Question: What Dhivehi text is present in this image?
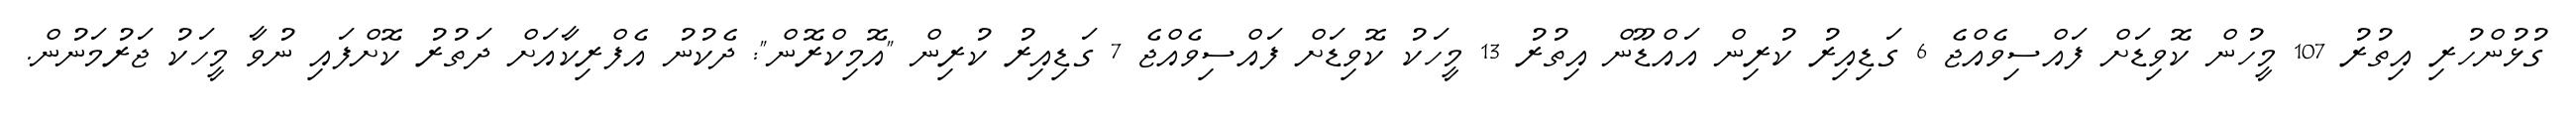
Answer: ގުޅުންހުރި އިތުރު 107 މީހުން ކޮވިޑަށް ފައްސިވެއްޖެ 6 ގަޑިއިރު ކުރިން އައްޑޫން އިތުރު 13 މީހަކު ކޮވިޑަށް ފައްސިވެއްޖެ 7 ގަޑިއިރު ކުރިން "އޮމިކްރޮން": ދެކުނު އެފްރިކާއަށް ދަތުރު ކޮށްފައި ނުވާ މީހަކު ޖަރުމަނުން.